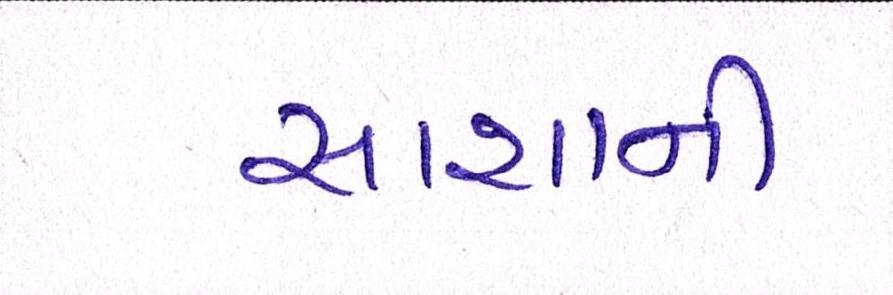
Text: સાશાની